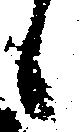
候